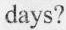
days?